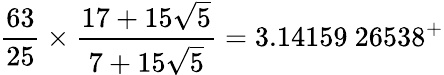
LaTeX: {\frac{63}{25}}\times{\frac{17+15{\sqrt{5}}}{7+15{\sqrt{5}}}}=3.14159\ 26538^{+}